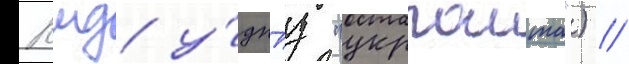
Кмд у́дппз "укрпошта") //